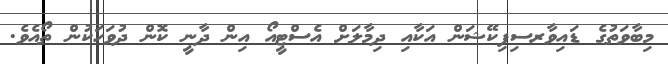
މިބާވަތުގެ ޑައިވާރސިފިކޭޝަން އަކާއި ދިމާލަށް އެސްޓީއޯ އިން ދާނީ ކޮން ދުވަހަކުން ތޯއެވެ.